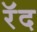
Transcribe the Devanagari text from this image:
रॅद